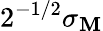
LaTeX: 2^{-1/2}\sigma_{\mathbf{M}}